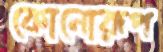
কোনোরূপ